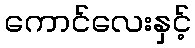
ကောင်လေးနှင့်